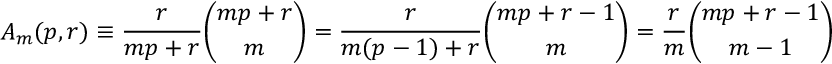
A _ { m } ( p , r ) \equiv { \frac { r } { m p + r } } { \binom { m p + r } { m } } = { \frac { r } { m ( p - 1 ) + r } } { \binom { m p + r - 1 } { m } } = { \frac { r } { m } } { \binom { m p + r - 1 } { m - 1 } }